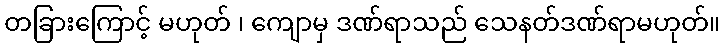
တခြားကြောင့် မဟုတ် ၊ ကျောမှ ဒဏ်ရာသည် သေနတ်ဒဏ်ရာမဟုတ်။